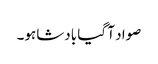
صواد آ گیا بادشاہو۔